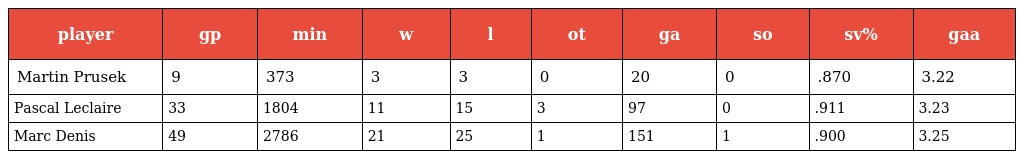
| player | gp | min | w | l | ot | ga | so | sv% | gaa |
 | --- | --- | --- | --- | --- | --- | --- | --- | --- | --- |
 | Martin Prusek | 9 | 373 | 3 | 3 | 0 | 20 | 0 | .870 | 3.22 |
 | Pascal Leclaire | 33 | 1804 | 11 | 15 | 3 | 97 | 0 | .911 | 3.23 |
 | Marc Denis | 49 | 2786 | 21 | 25 | 1 | 151 | 1 | .900 | 3.25 |